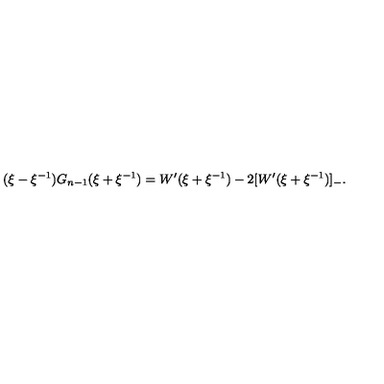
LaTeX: ( \xi - \xi ^ { - 1 } ) G _ { n - 1 } ( \xi + \xi ^ { - 1 } ) = W ^ { \prime } ( \xi + \xi ^ { - 1 } ) - 2 [ W ^ { \prime } ( \xi + \xi ^ { - 1 } ) ] _ { - } .